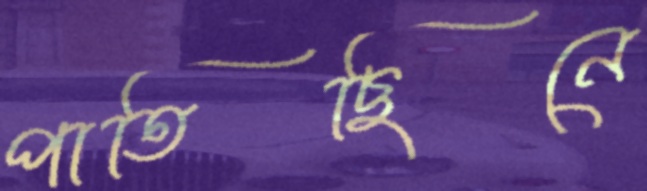
পাতিছিনে